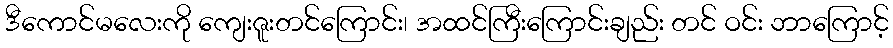
ဒီကောင်မလေးကို ကျေးဇူးတင်ကြောင်း၊ အထင်ကြီးကြောင်းချည်း တင် ဝင်း ဘာကြောင့်